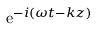
\mathrm { e } ^ { - i ( \omega t - k z ) }